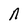
Character: n